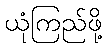
ယုံကြည်ဖို့